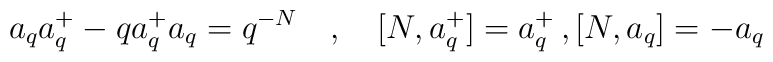
a_{q} a_{q}^{+} - q a_{q}^{+} a_{q} = q^{-N} \quad , \quad [N, a_{q}^{+}] =a_{q}^{+} \, , [N, a_{q}] = - a_{q}